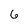
Character: 6